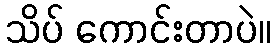
သိပ် ကောင်းတာပဲ။